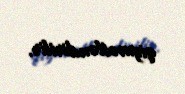
qiymətləndirilir.